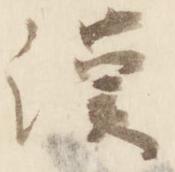
漢